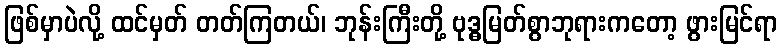
ဖြစ်မှာပဲလို့ ထင်မှတ် တတ်ကြတယ်၊ ဘုန်းကြီးတို့ ဗုဒ္ဓမြတ်စွာဘုရားကတော့ ဖွားမြင်ရာ